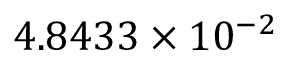
4 . 8 4 3 3 \times 1 0 ^ { - 2 }